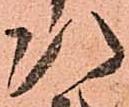
次